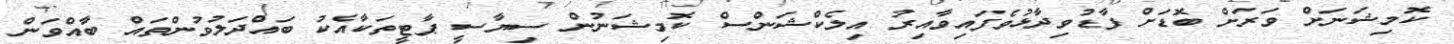
ކޮމިޝަނަށް ވަރަށް ބޮޑަށް ފާޑުވިދާޅުވެފައިވާއިރު އިލެކްޝަންސް ކޮމިޝަނުން ސިޔާސީ ޕާޓީތަކާއެކު ބައްދަލުވުންތައް ބާއްވަން